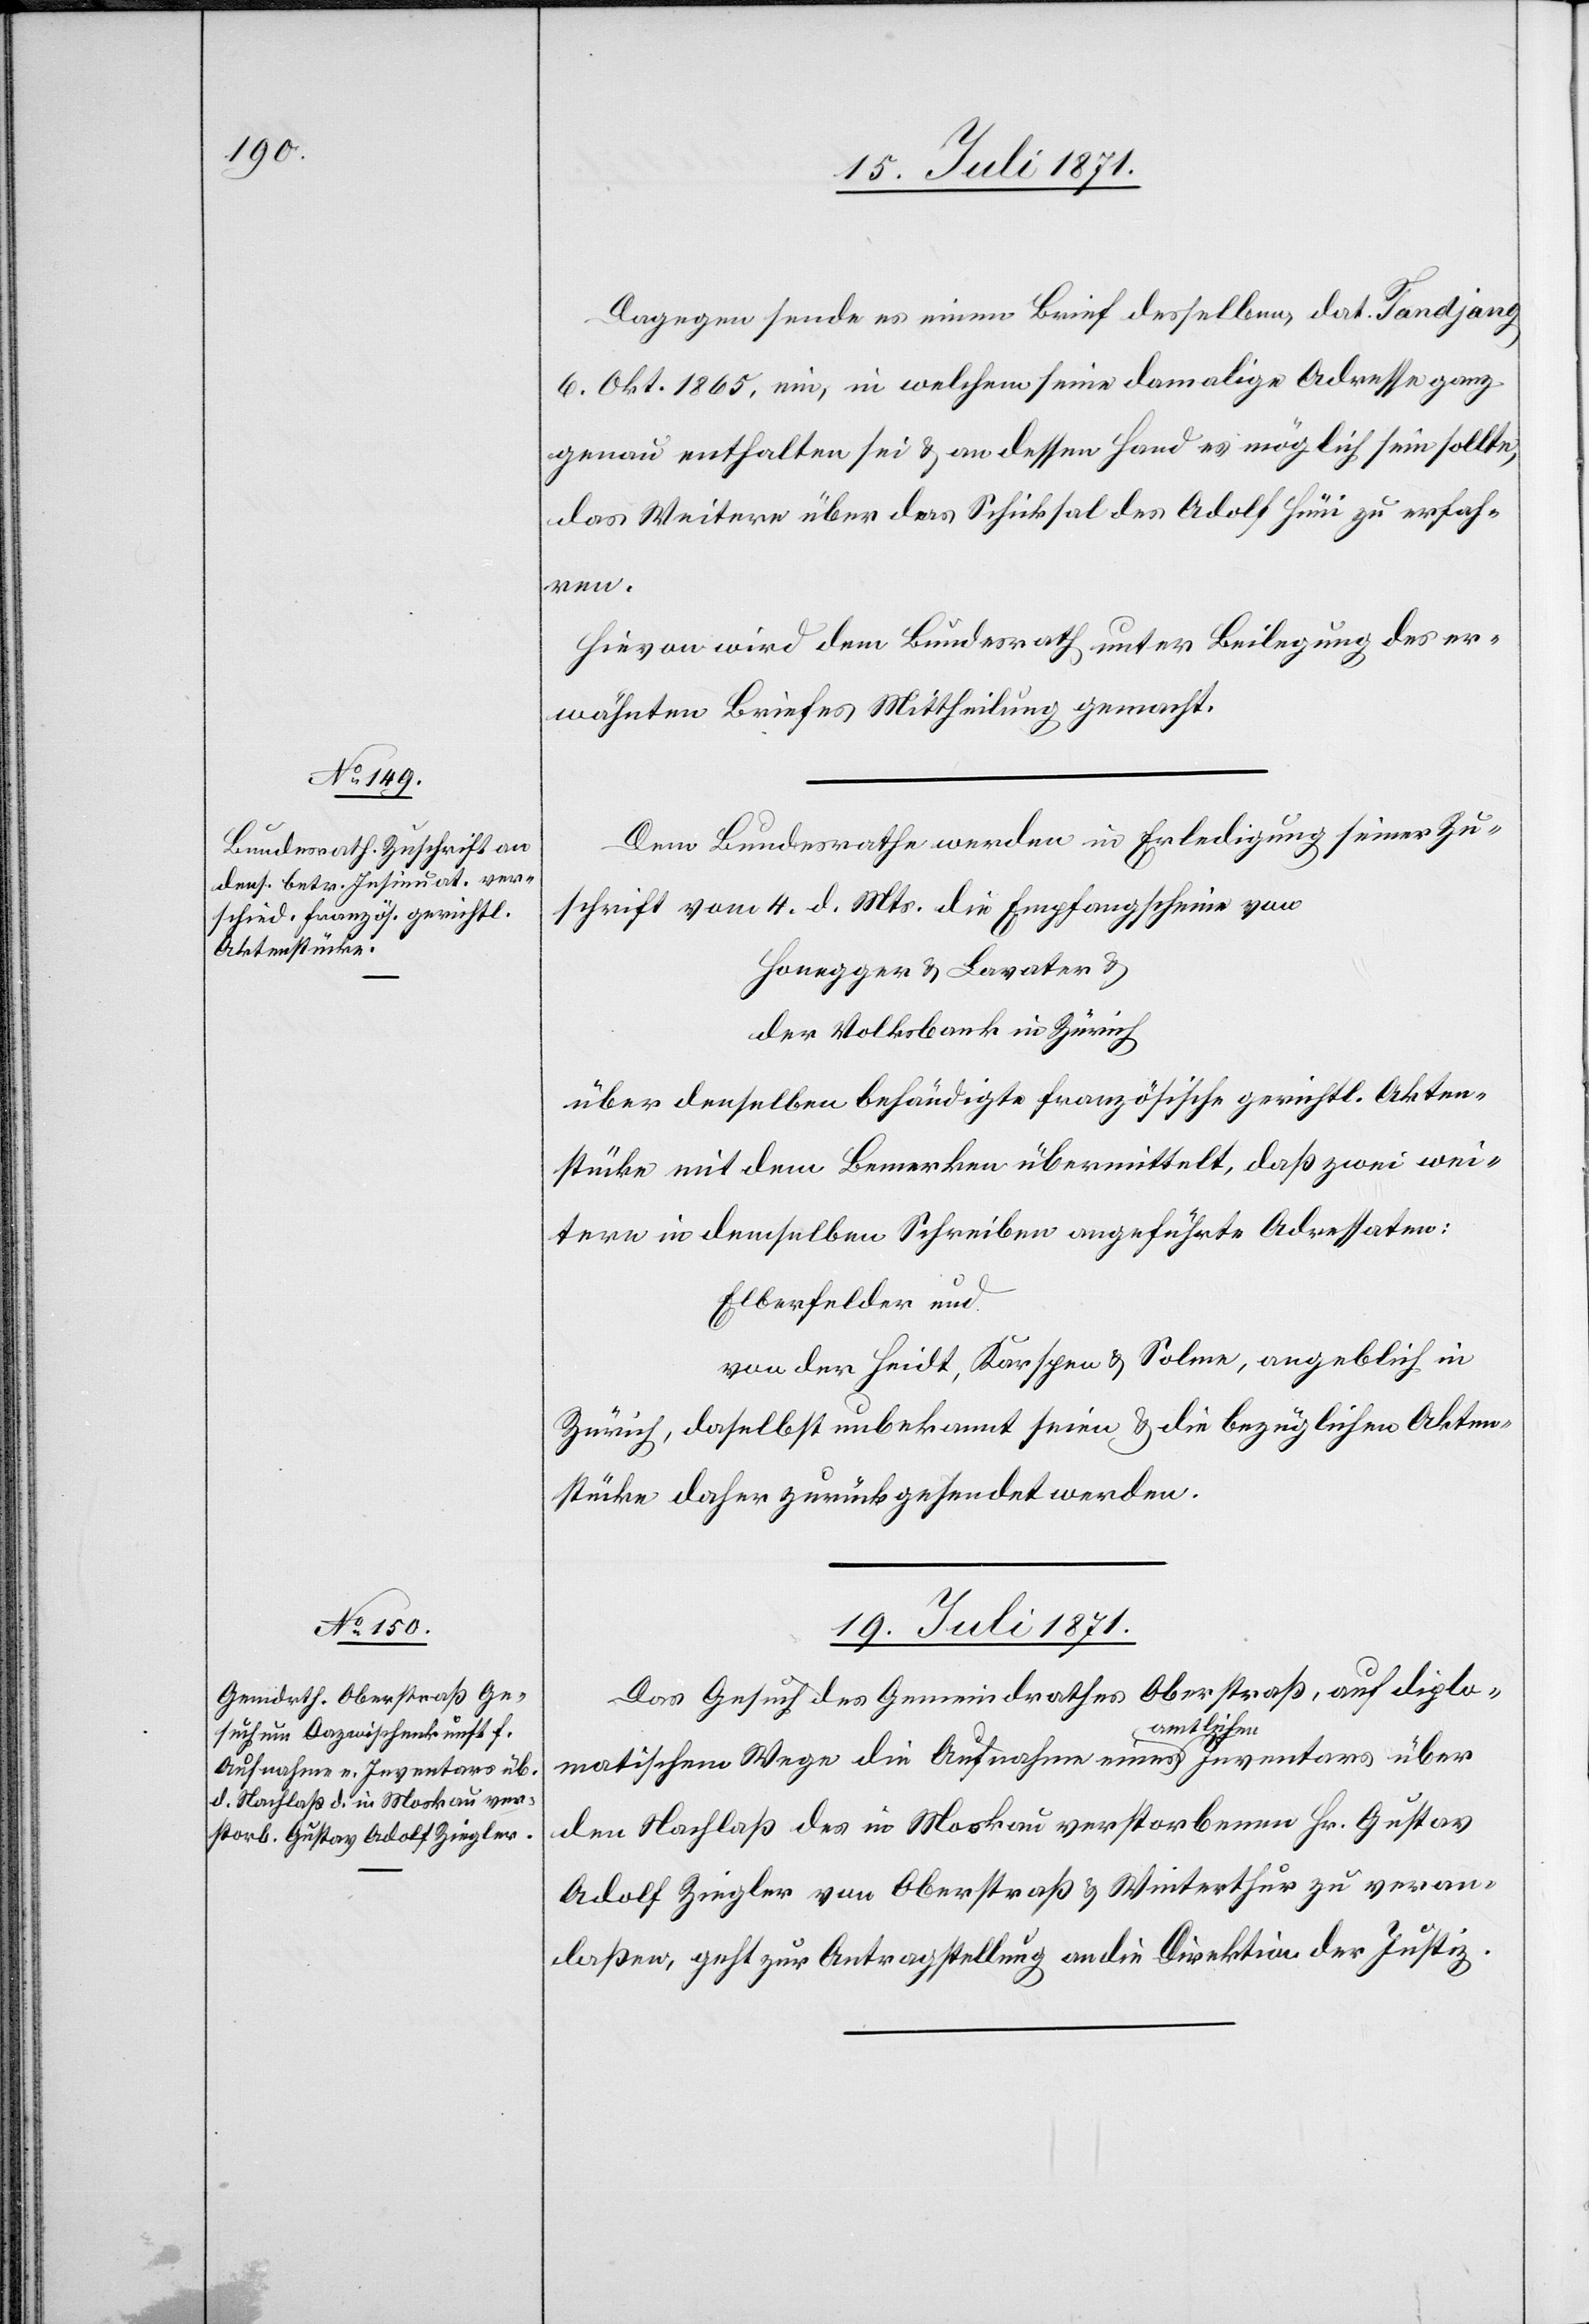
Dagegen sende es einen Brief desselben, dat. Tandjang
6. Okt. 1865, ein, in welchem seine damalige Adresse ganz
genau enthalten sei u. an dessen Hand es möglich sein sollte,
das Weitere über das Schicksal des Adolf Hüni zu erfah¬
ren.
Hievon wird dem Bundesrath unter Beilegung des er¬
wähnten Briefes Mittheilung gemacht.
Dem Bundesrathe werden in Erledigung seiner Zu¬
schrift vom 4. d. Mts. die Empfangscheine von
Honegger u. Lavater u.
der Volksbank in Zürich
über denselben behändigte französische gerichtl. Akten¬
stücke mit dem Bemerken übermittelt, daß zwei wei¬
tere in demselben Schreiben angeführte Adressaten:
Elberfelder und
von der Heidt, Karspen u. Solme, angeblich in
Zürich, daselbst unbekannt seien u. die bezüglichen Akten¬
stücke daher zurückgesendet werden.
19. Juli 1871.
Das Gesuch des Gemeindrathes Oberstraß, auf diplo¬
matischem Wege die Aufnahme eines amtlichen Inventars über
den Nachlaß des in Moskau verstorbenen Hr. Gustav
Adolf Ziegler von Oberstraß u. Winterthur zu veran¬
laßen, geht zur Antragstellung an die Direktion der Justiz.